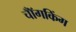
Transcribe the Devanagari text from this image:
चॉँगकिंग